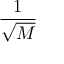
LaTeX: \frac { 1 } { \sqrt { M } }